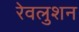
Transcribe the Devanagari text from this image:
रेवलुशन